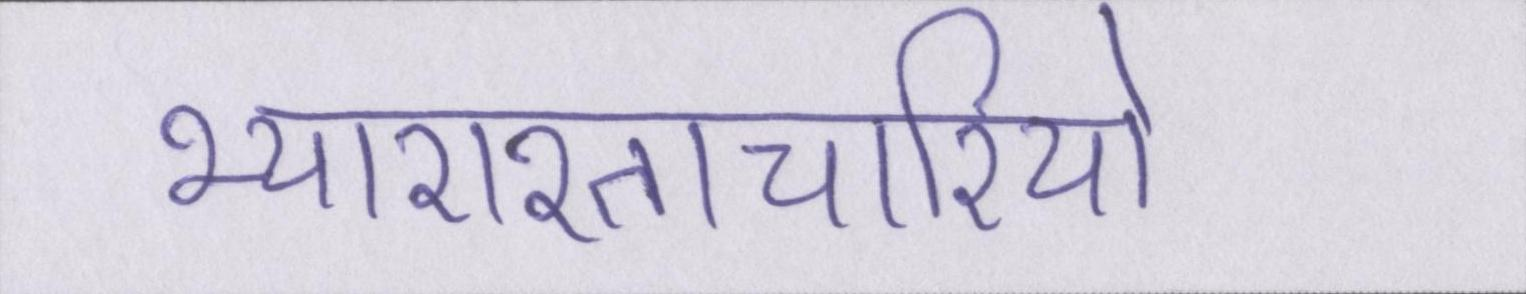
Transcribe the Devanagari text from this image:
भ्याराश्ताचारियो